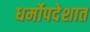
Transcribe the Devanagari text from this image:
धर्मोपदेशात